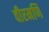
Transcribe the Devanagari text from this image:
वीरमणि